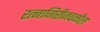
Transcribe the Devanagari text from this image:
रत्‍नागिरीजवळील